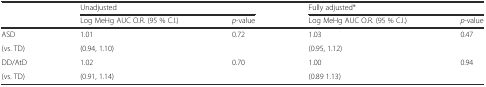
<table><thead><tr><td>[EMPTY_CELL]</td><td colspan="2"><b>Unadjusted</b></td><td colspan="2"><b>Fully adjusted*</b></td></tr><tr><td>[EMPTY_CELL]</td><td><b>Log MeHg AUC O.R. (95 % C.I.)</b></td><td><b><i>p</i>-value</b></td><td><b>Log MeHg AUC O.R. (95 % C.I.)</b></td><td><b><i>p</i>-value</b></td></tr></thead><tbody><tr><td>ASD</td><td>1.01</td><td>0.72</td><td>1.03</td><td>0.47</td></tr><tr><td>(vs. TD)</td><td>(0.94, 1.10)</td><td>[EMPTY_CELL]</td><td>(0.95, 1.12)</td><td>[EMPTY_CELL]</td></tr><tr><td>DD/AtD</td><td>1.02</td><td>0.70</td><td>1.00</td><td>0.94</td></tr><tr><td>(vs. TD)</td><td>(0.91, 1.14)</td><td>[EMPTY_CELL]</td><td>(0.89 1.13)</td><td>[EMPTY_CELL]</td></tr></tbody></table>